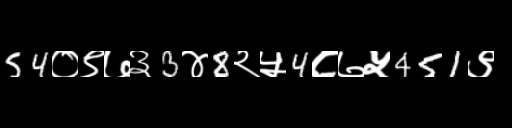
Text: 54०९७३3४8२५4८७५451९